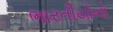
ભારતીયોનો